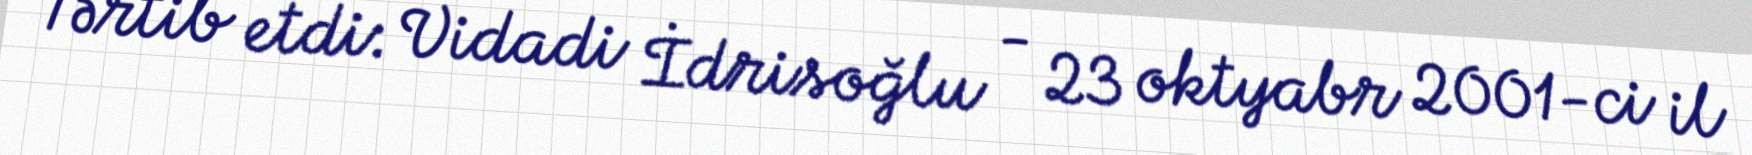
Tərtib etdi: Vidadi İdrisoğlu - 23 oktyabr 2001-ci il